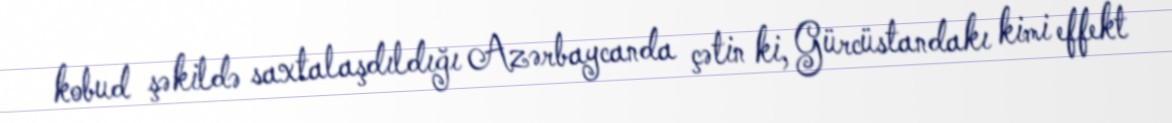
kobud şəkildə saxtalaşdıldığı Azərbaycanda çətin ki, Gürcüstandakı kimi effekt